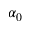
\alpha _ { 0 }